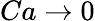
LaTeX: Ca\rightarrow 0